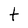
Character: t